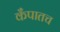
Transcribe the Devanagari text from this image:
कँपातच